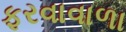
ફરવાવાળા